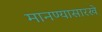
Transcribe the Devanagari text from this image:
मानण्यासारखे